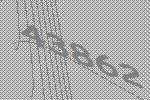
43862